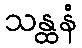
သန္ထနံ